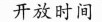
开放时间